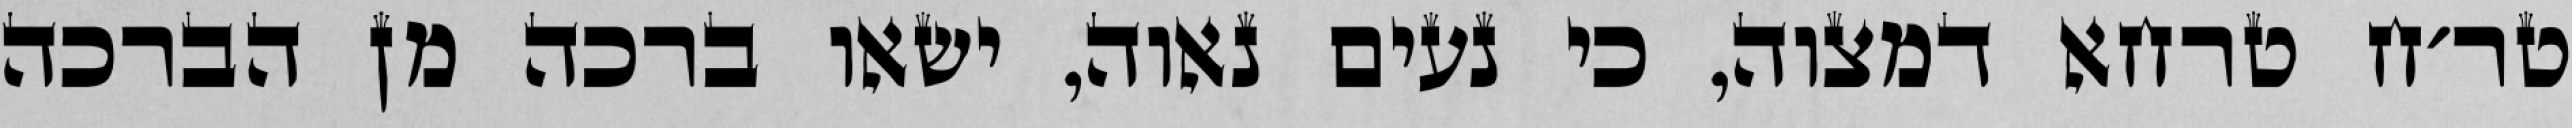
טר׳ח טרחא דמצוה, כי נעים נאוה, ישאו ברכה מן הברכה